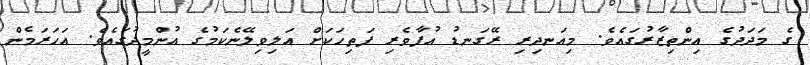
ގެ މަދަދުގެ އިންތިޒާރުގައެވެ. މިއަނދިރި ރޭގަނޑު އުފާވެރި ފަތިހަކަށް އަލިވިލޭނެކަމުގެ އުންމީދުގައެވެ. އަހަރަމެން